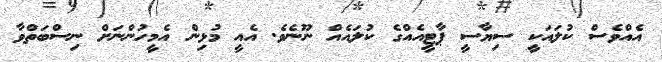
އެއްވެސް ކުލައަކީ ސިޔާސީ ޕާޓީއެއްގެ ކުލައެއް ނޫނެވެ. އެއީ މުޅިން އެމީހުންނަށް ނިސްބަތްވާ